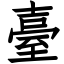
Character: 臺